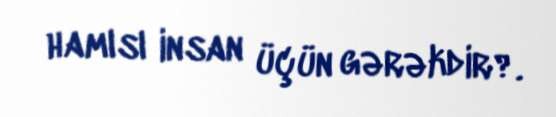
hamısı insan üçün gərəkdir?.